Civil Veterinary Department. Madras. Admin. report 1926-33 - 1926-1933
Year: 1926
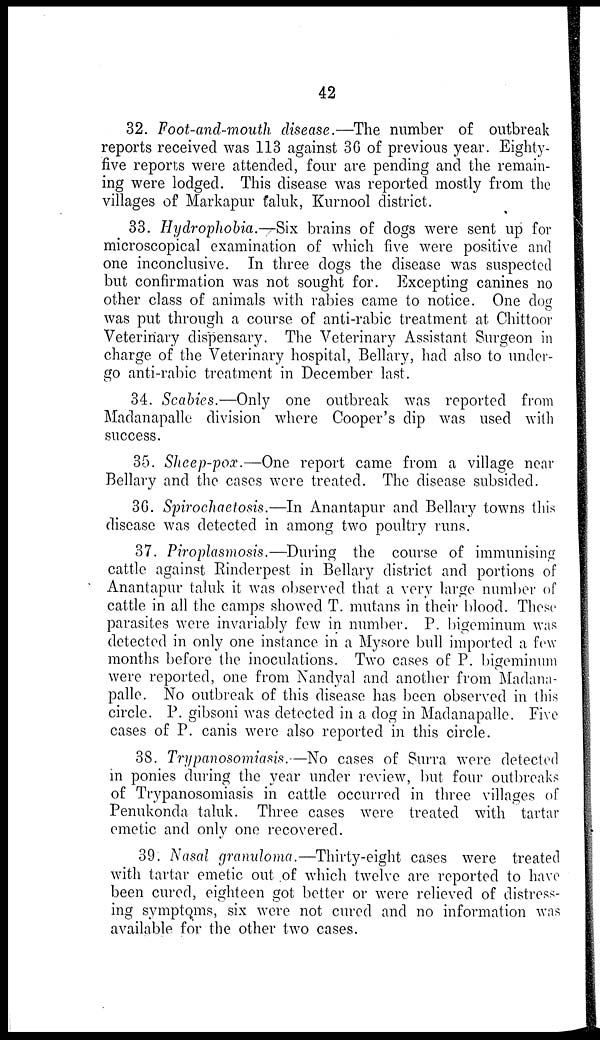
42
32. Foot-and-mouth disease.—The number of outbreak
reports received was 113 against 36 of previous year. Eighty-
five reports were attended, four are pending and the remain-
ing were lodged. This disease was reported mostly from the
villages of Markapur taluk, Kurnool district.
33. Hydrophobia.—Six brains of dogs were sent up for
microscopical examination of which five were positive and
one inconclusive. In three dogs the disease was suspected
but confirmation was not sought for. Excepting canines no
other class of animals with rabies came to notice. One dog
was put through a course of anti-rabic treatment at Chittoor
Veterinary dispensary. The Veterinary Assistant Surgeon in
charge of the Veterinary hospital, Bellary, had also to under-
go anti-rabic treatment in December last.
34. Scabies.—Only one outbreak was reported from
Madanapalle division where Cooper's dip was used with
success.
35. Sheep-pox.—One report came from a village near
Bellary and the cases were treated. The disease subsided.
3G. Spirochaetosis.—In Anantapur and Bellary towns this
disease was detected in among two poultry runs.
37. Piroplasmosis.—During the course of immunising
cattle against Rinderpest in Bellary district and portions of
Anantapur taluk it was observed that a very large number of
cattle in all the camps showed T. mutans in their blood. These
parasites were invariably few in number. P. bigeminum was
detected in only one instance in a Mysore bull imported a few
months before the inoculations. Two cases of P. bigeminum
were reported, one from Nandyal and another from Madana-
palle. No outbreak of this disease has been observed in this
circle. P. gibsoni was detected in a dog in Madanapalle. Five
cases of P. canis were also reported in this circle.
38. Trypanosomiasis.—No cases of Surra were detected
in ponies during the year under review, but four outbreaks
of Trypanosomiasis in cattle occurred in three villages of
Penukonda taluk. Three cases were treated with tartar
emetic and only one recovered.
39. Nasal granuloma.—Thirty-eight cases were treated
with tartar emetic out of which twelve are reported to have
been cured, eighteen got better or were relieved of distress-
ing symptoms, six were not cured and no information was
available for the other two cases.